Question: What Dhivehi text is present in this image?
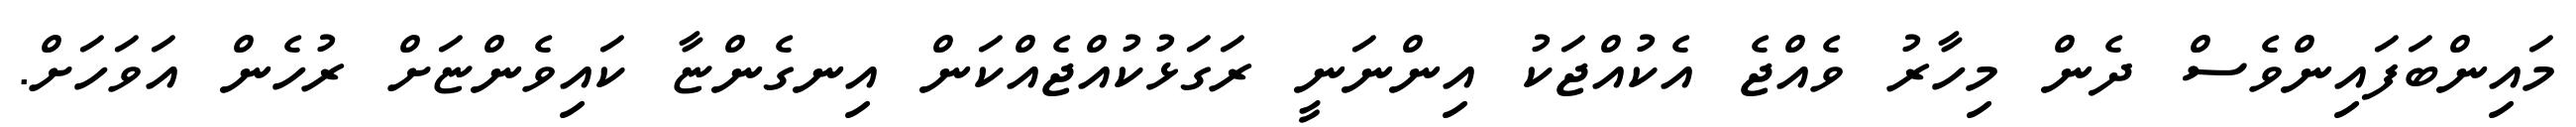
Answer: މައިންބަފައިންވެސް ދެން މިހާރު ވެއްޖެ އެކުއްޖަކު އިންނަނީ ރަގަޅުކުއްޖެއްކަން އިނގެންޏާ ކައިވެންޏަށް ރުހެން އަވަހަށް.